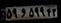
۵۹و۵۹۹۴۳